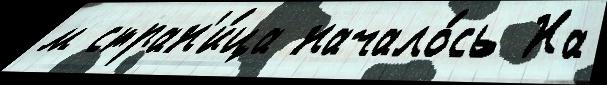
м стран'и́ца начало́сь На